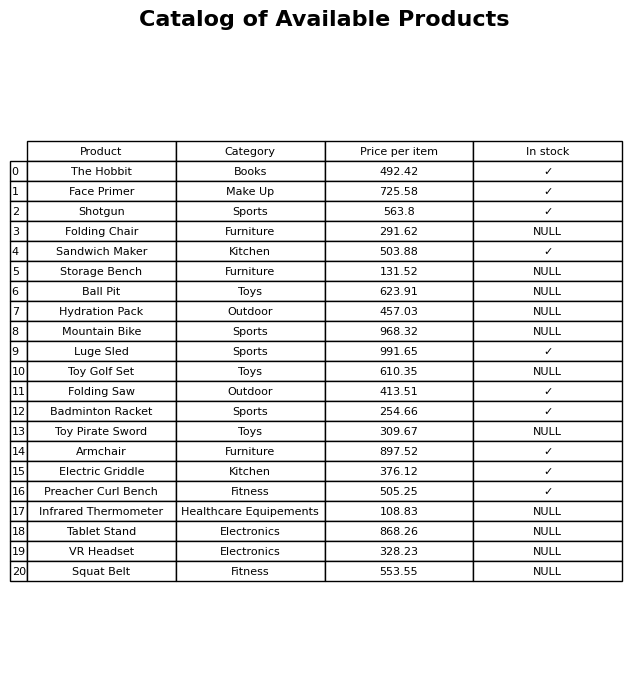
question: What is the price for Folding Saw?
answer: The price of Folding Saw is 413.51.